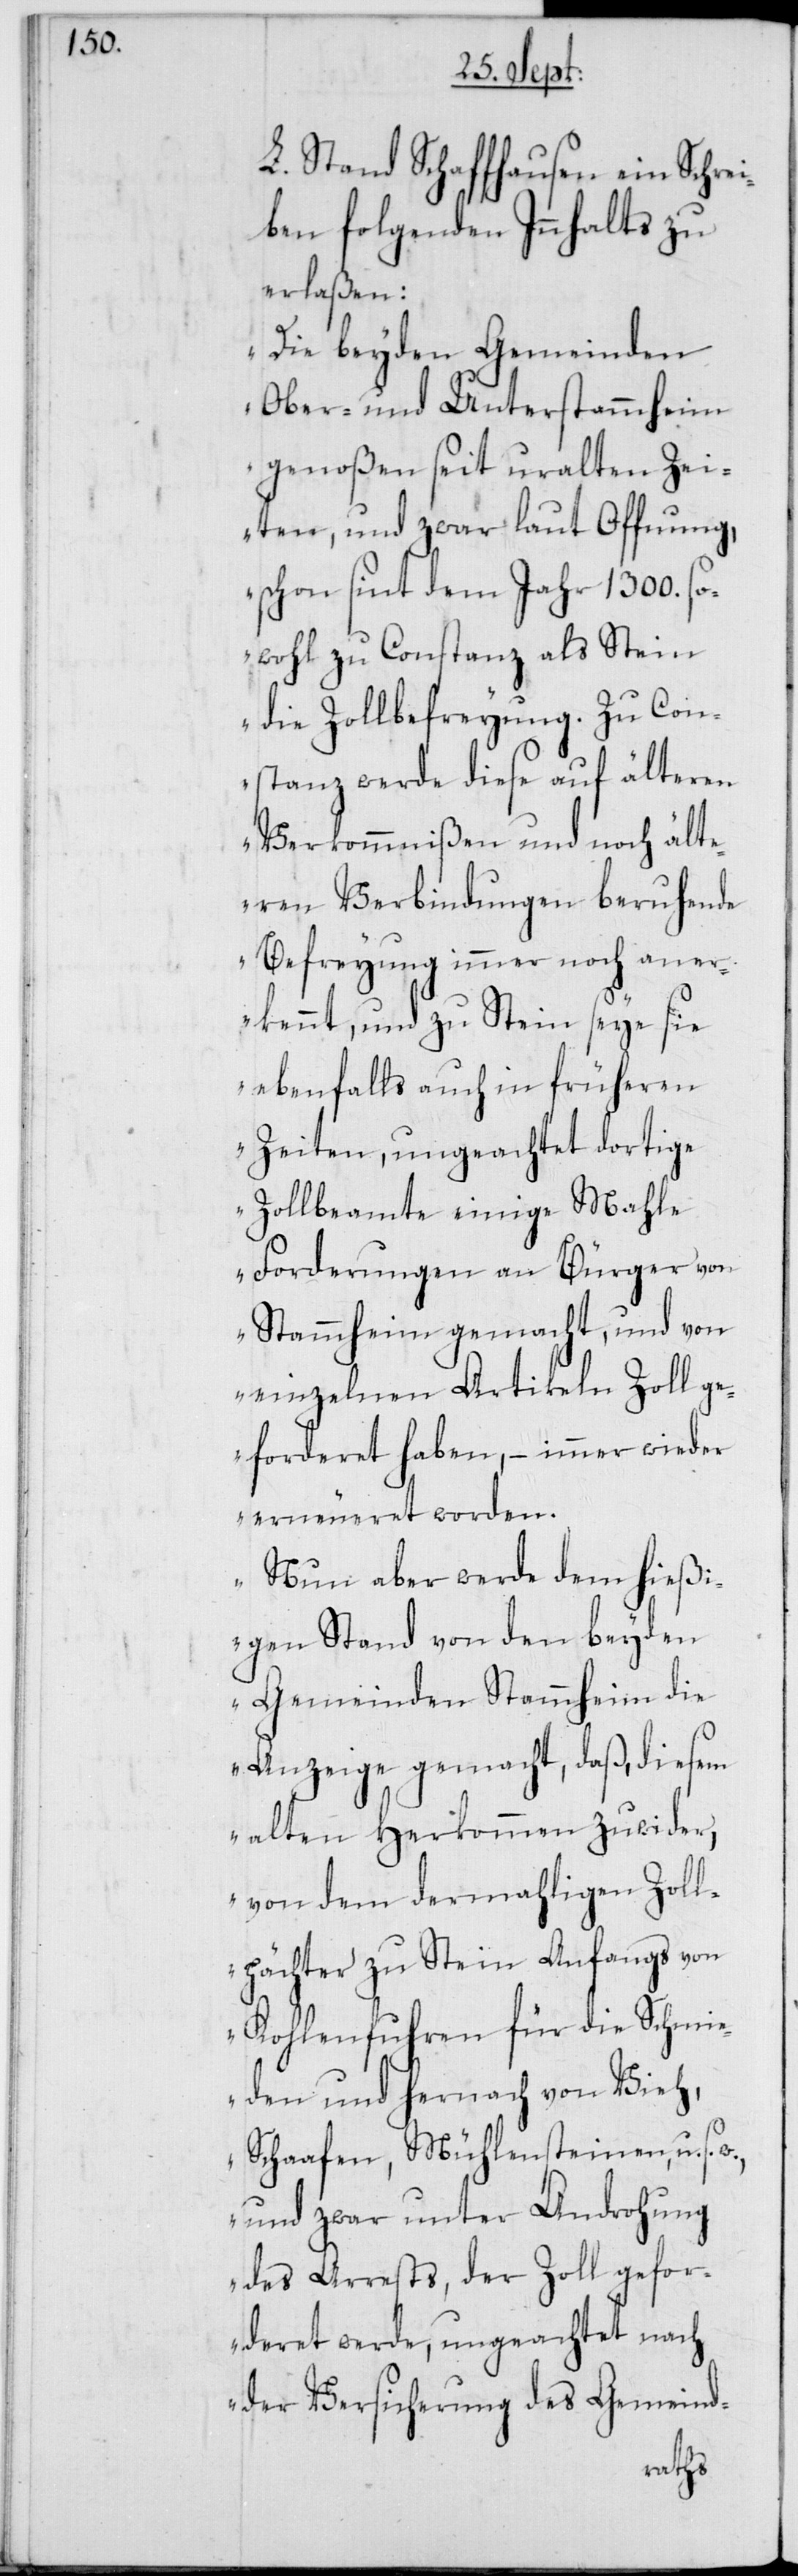
L. Stand Schaffhausen ein Schrei¬
ben folgenden Innhalts zu
erlaßen:
„Die beyden Gemeinden
Ober- und Unterstammheim
genoßen seit uralten Zei¬
ten, und zwar laut Offnung,
schon sint dem Jahr 1300. so¬
wohl zu Constanz als Stein
die Zollbefreyung. Zu Con¬
stanz werde diese auf älteren
Verkommnißen und noch ält¬
eren Verbindungen beruhende
Befreyung immer noch aner¬
kennt, und zu Stein seye sie
ebenfalls auch in früheren
Zeiten, ungeachtet dortige
Zollbeamte einige Mahle
Forderungen an Bürger von
Stammheim gemacht, und von
einzelnen Artikeln Zoll ge¬
forderet haben, – immer wieder
erneueret worden.
Nun aber werde dem hießi¬
gen Stand von den beyden
Gemeinden Stammheim die
Anzeige gemacht, daß, diesem
alten Herkommen zuwider,
von dem dermahligen Zoll¬
pächter zu Stein Anfangs von
Kohlenfuhren für die Schmie¬
den und hernach von Vieh,
Schaafen, Mühlensteinen, u. s.
und zwar unter Androhung
des Arrests, der Zoll gefor¬
deret werde, ungeachtet nach
der Versicherung des Gemeind-